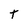
Character: T